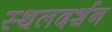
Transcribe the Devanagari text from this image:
स्थलदर्शन